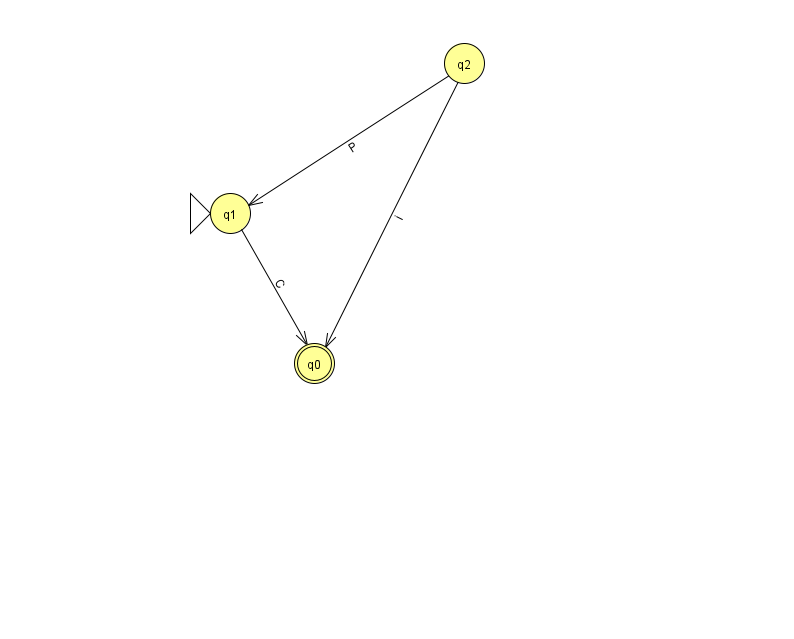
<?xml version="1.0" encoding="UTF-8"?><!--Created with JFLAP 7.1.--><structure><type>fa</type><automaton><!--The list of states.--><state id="0" name="q0"><x>314.0</x><y>350.0</y><final/></state><state id="1" name="q1"><x>230.0</x><y>200.0</y><initial/></state><state id="2" name="q2"><x>464.0</x><y>50.0</y></state><!--The list of transitions.--><transition><from>2</from><to>1</to><read>P</read></transition><transition><from>2</from><to>0</to><read>i</read></transition><transition><from>1</from><to>0</to><read>C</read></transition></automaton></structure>